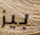
بيز